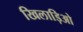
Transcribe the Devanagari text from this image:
खिलाड़िओ